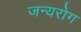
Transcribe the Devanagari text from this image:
जन्‍यरोग